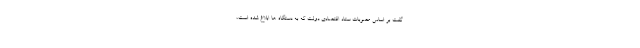
گفت بر اساس مصوبات ستاد اقتصادی دولت که به دستگاه ها ابلاغ شده است،